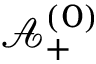
\mathbf { \mathcal { A } } _ { + } ^ { ( 0 ) }